Trukikaitis_Postimees, lk 150
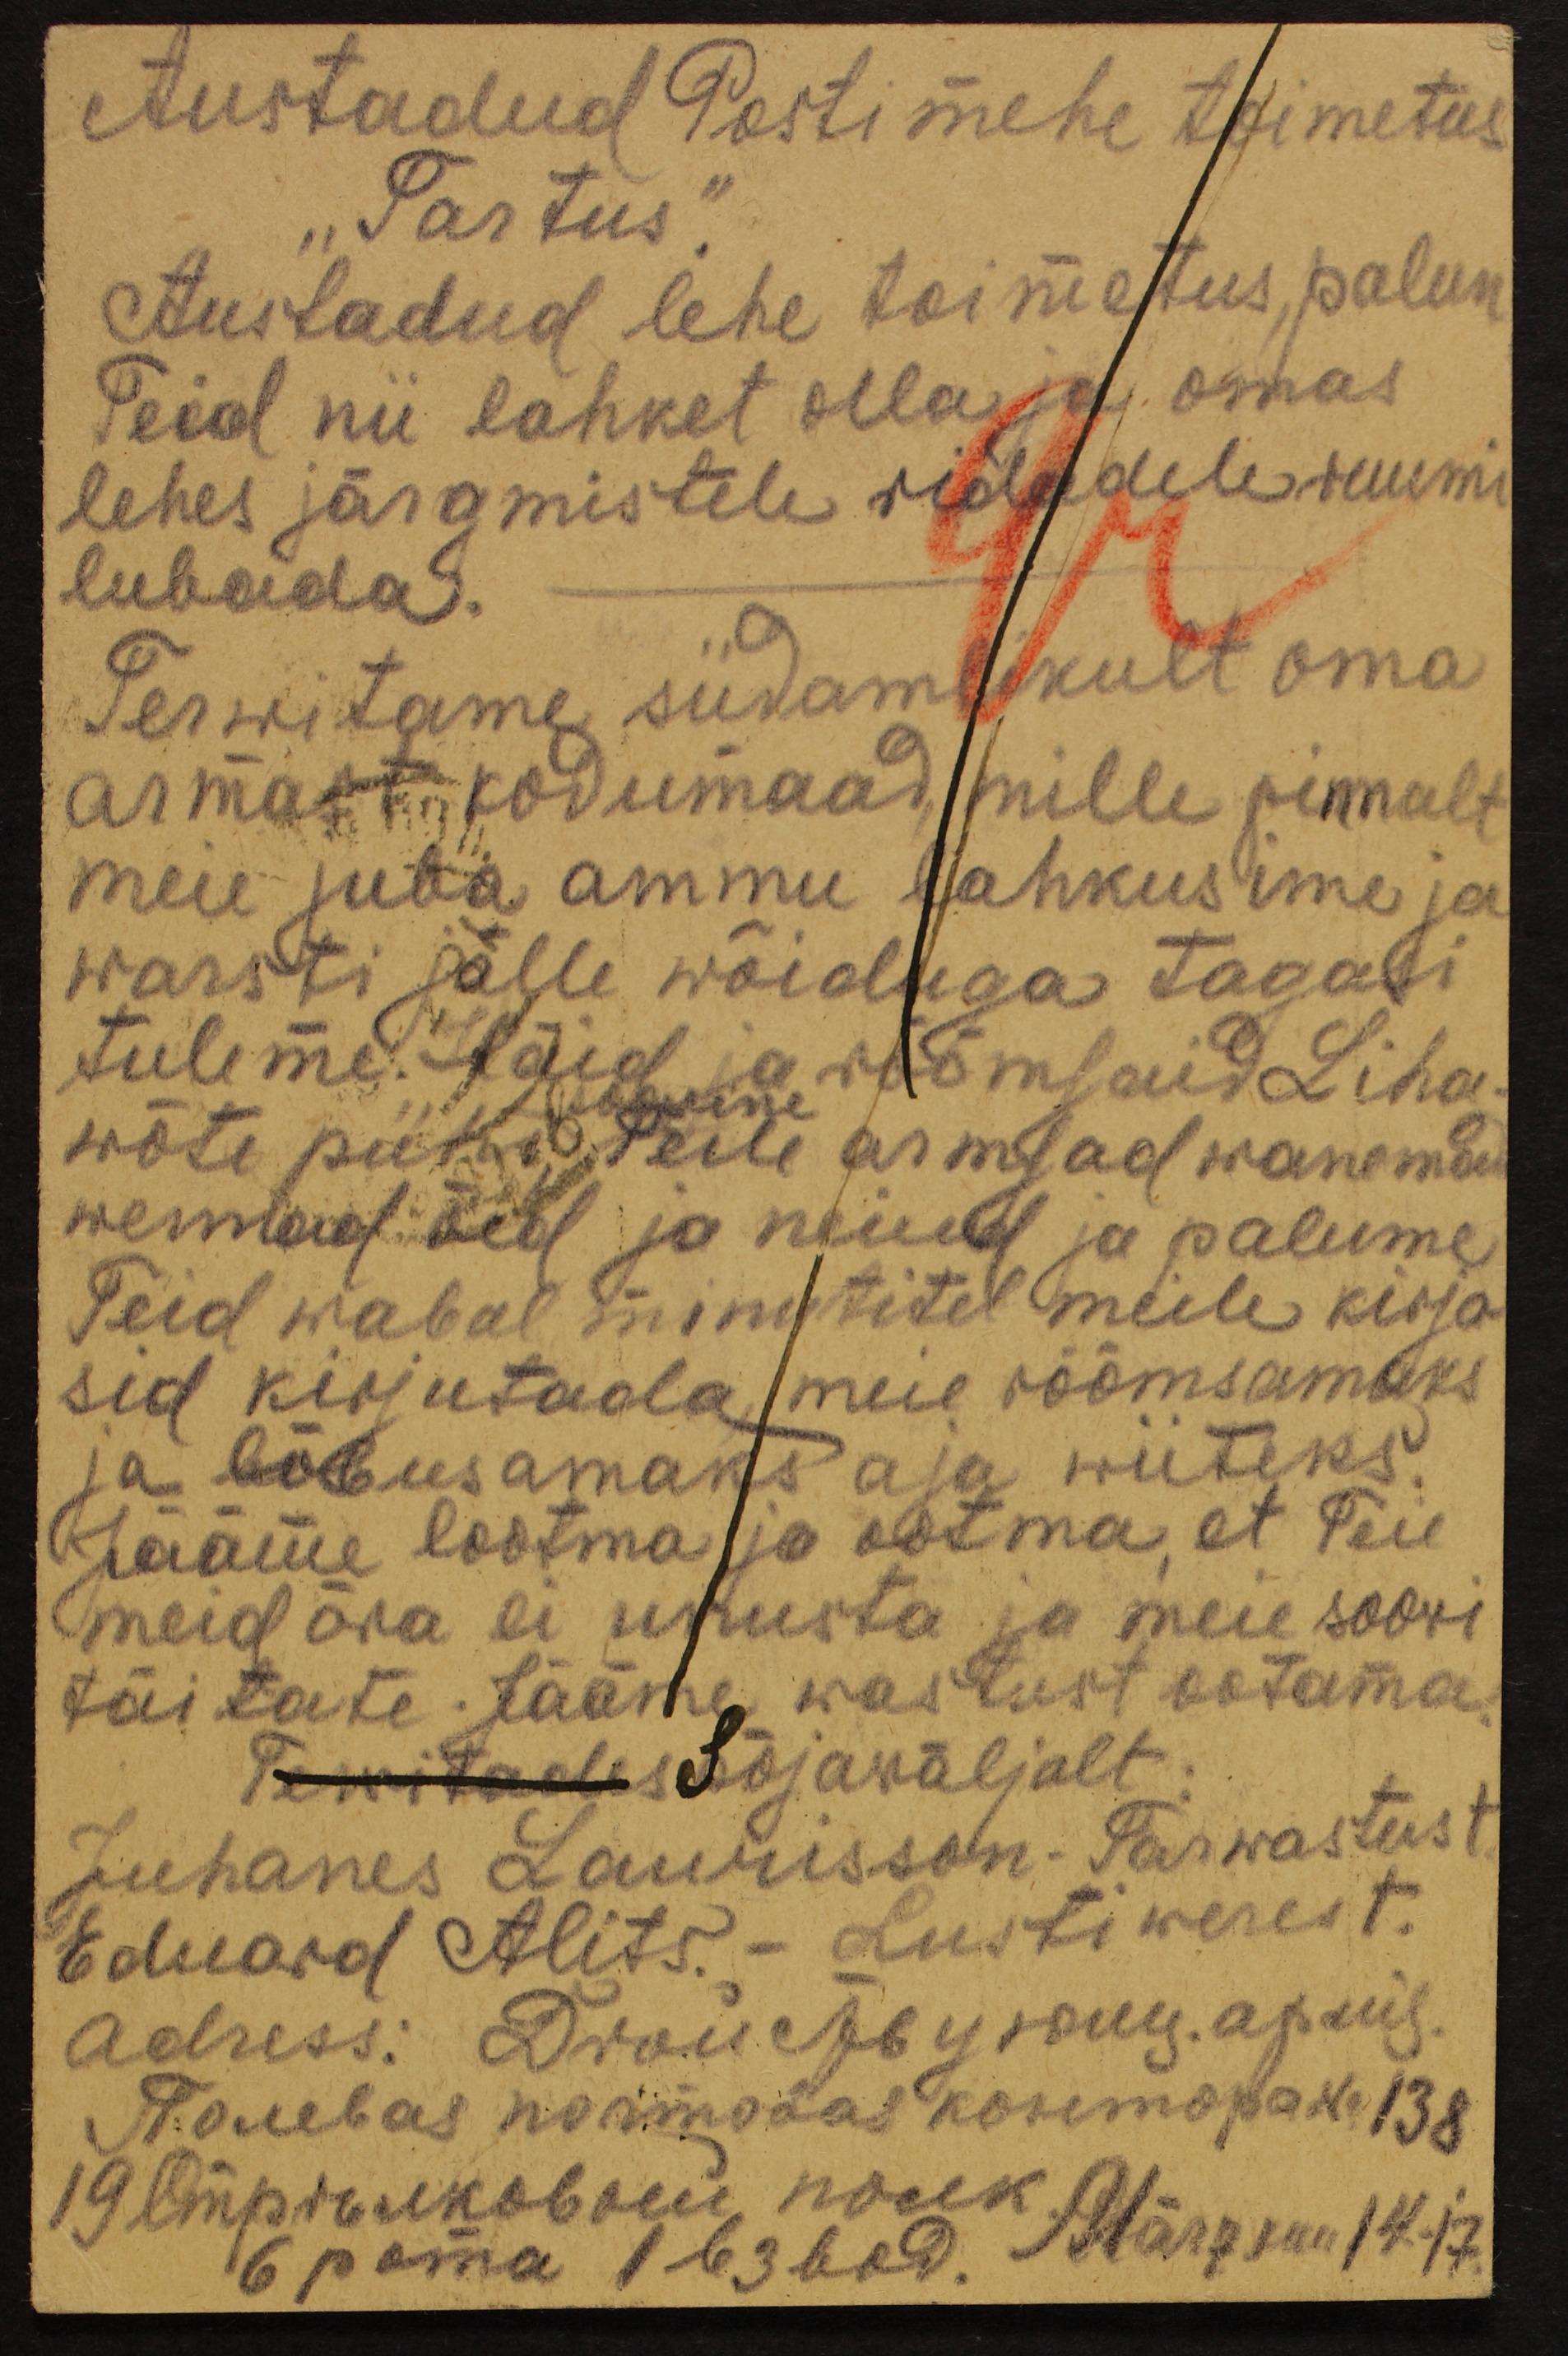
Austadud Posti mehe toimetus
"Tartus".
Austadud lehe toimetus, palun
Teid nii lahket olla ja omas
lehes järgmistele ridadele ruumi
lubada.
Terwitame südamlikult oma
armast kodumaad, mille pinnalt
meie juba ammu lahkusime ja
warsti jälle wõiduga tagasi
tuleme häid ja rõõmsaid Liha-
wõte pühi Teile armsad wanemad
wennad õed ja neiud ja palume
Teid wabal minutitel meile kirja
sid kirjutada meie rõõmsamaks
ja lõbusamaks aja wiiteks.
Jääme lootma ja ootma, et Teie
meid ära ei unusta ja meie soovi
täitate. Jääme wastust ootama.
Terwitades Sõjaväljalt:
Juhanes Laurisson- Tarwastust
Eduard Alits. - Lustiwerest.
adress: Дчоиствуюни дрий.
Taebas normatas kosimopak No 138
19 lmprskobow nock
6 pama 163  bod. Märtson 14-17